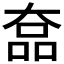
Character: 𡙗